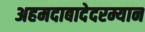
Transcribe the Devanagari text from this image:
अहमदाबादेदरम्यान